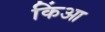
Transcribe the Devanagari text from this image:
किंआ